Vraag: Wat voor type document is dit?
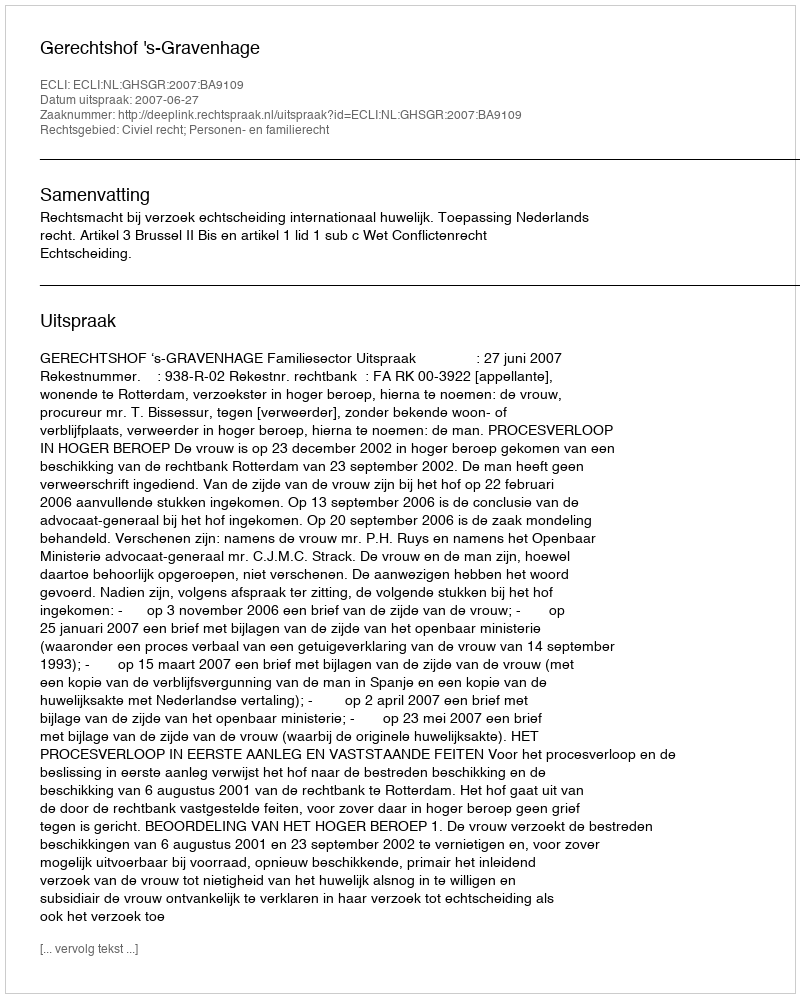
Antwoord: Uitspraak